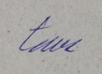
Signature authenticity: genuine